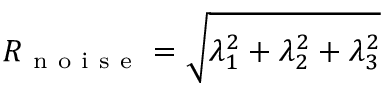
R _ { \mathrm { ~ n ~ o ~ i ~ s ~ e ~ } } = \sqrt { \lambda _ { 1 } ^ { 2 } + \lambda _ { 2 } ^ { 2 } + \lambda _ { 3 } ^ { 2 } }